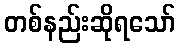
တစ်နည်းဆိုရသော်